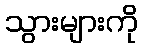
သွားများကို